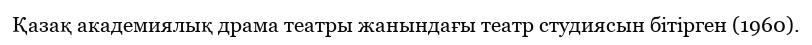
Қазақ академиялық драма театры жанындағы театр студиясын бітірген (1960).